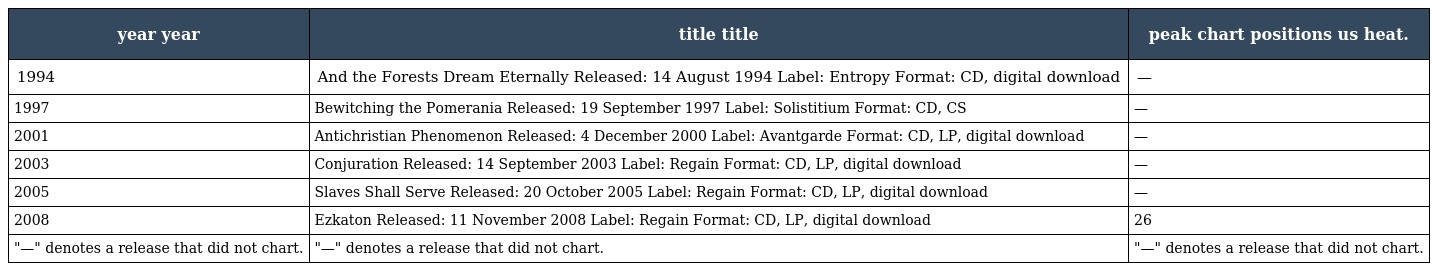
| year year | title title | peak chart positions us heat. |
 | --- | --- | --- |
 | 1994 | And the Forests Dream Eternally Released: 14 August 1994 Label: Entropy Format: CD, digital download | — |
 | 1997 | Bewitching the Pomerania Released: 19 September 1997 Label: Solistitium Format: CD, CS | — |
 | 2001 | Antichristian Phenomenon Released: 4 December 2000 Label: Avantgarde Format: CD, LP, digital download | — |
 | 2003 | Conjuration Released: 14 September 2003 Label: Regain Format: CD, LP, digital download | — |
 | 2005 | Slaves Shall Serve Released: 20 October 2005 Label: Regain Format: CD, LP, digital download | — |
 | 2008 | Ezkaton Released: 11 November 2008 Label: Regain Format: CD, LP, digital download | 26 |
 | "—" denotes a release that did not chart. | "—" denotes a release that did not chart. | "—" denotes a release that did not chart. |